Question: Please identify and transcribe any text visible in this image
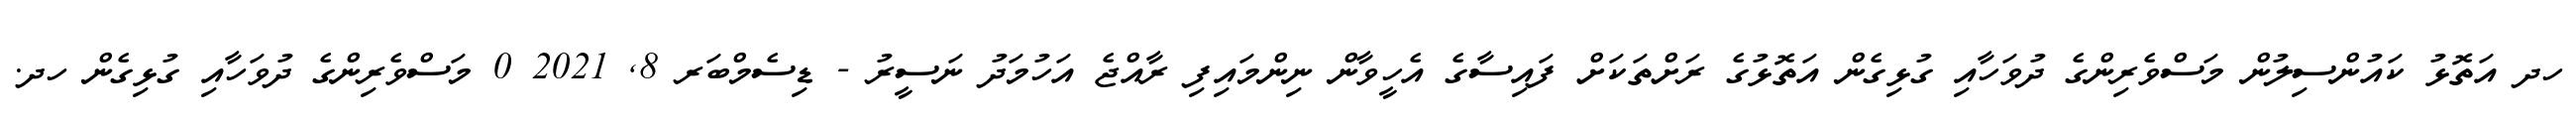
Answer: ހދ އަތޮޅު ކައުންސިލުން މަސްވެރިންގެ ދުވަހާއި ގުޅިގެން އަތޮޅުގެ ރަށްތަކަށް ފައިސާގެ އެހީވާން ނިންމައިފި ރާއްޖެ އަހުމަދު ނަސީރު - ޑިސެމްބަރ 8, 2021 0 މަސްވެރިންގެ ދުވަހާއި ގުޅިގެން ހދ.